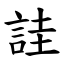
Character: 詿